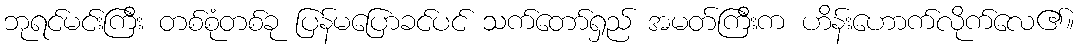
ဘုရင်မင်းကြီး တစ်စုံတစ်ခု ပြန်မပြောခင်ပင် သက်တော်ရှည် အမတ်ကြီးက ဟိန်းဟောက်လိုက်လေ၏။